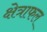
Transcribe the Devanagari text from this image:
क्षेत्राफल